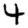
Digit: 4